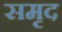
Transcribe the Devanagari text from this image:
समृद